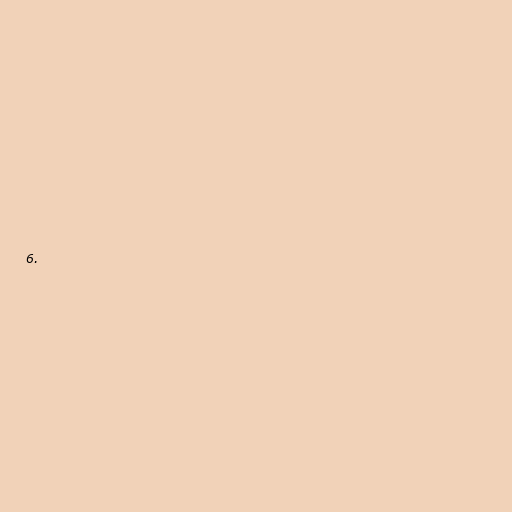
6.